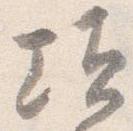
頃